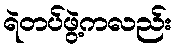
ရဲတပ်ဖွဲ့ကလည်း